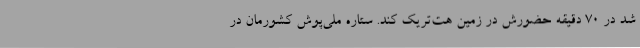
شد در ۷۰ دقیقه حضورش در زمین هت‌تریک کند. ستاره ملی‌پوش کشورمان در